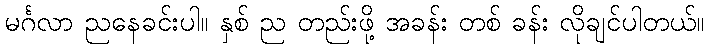
မင်္ဂလာ ညနေခင်းပါ။ နှစ် ည တည်းဖို့ အခန်း တစ် ခန်း လိုချင်ပါတယ်။